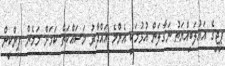
ޕީޖީގެ އަޣުލަބިއްޔަތު ނަގާލަން އުޅުމަކީ އެންމެ ޣައްދާރު މަސައްކަތް ކަމަށް މަމެން ޕިންކީން